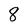
Character: 8